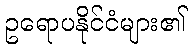
ဥရောပနိုင်ငံများ၏